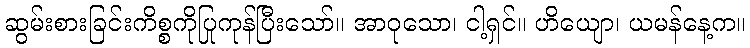
ဆွမ်းစားခြင်းကိစ္စကိုပြုကုန်ပြီးသော်။ အာဝုသော၊ ငါ့ရှင်။ ဟိယျော၊ ယမန်နေ့က။